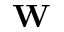
\mathbf { W }